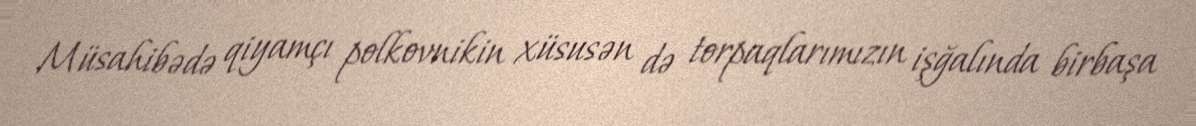
Müsahibədə qiyamçı polkovnikin xüsusən də torpaqlarımızın işğalında birbaşa